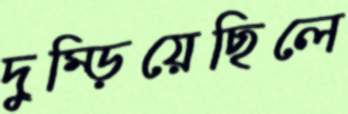
দুম্‌ড়িয়েছিলে